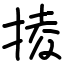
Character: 掕